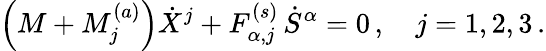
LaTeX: \left(M+M_{j}^{(a)}\right)\dot{X}^{j}+F_{\alpha,j}^{(s)}\, \dot{S}^{\alpha}=0\, ,\quad j=1,2,3\, .